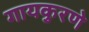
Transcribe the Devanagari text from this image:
गायकुरणे